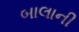
બાલાની